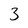
Character: 3